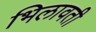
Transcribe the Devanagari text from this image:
भिलावती